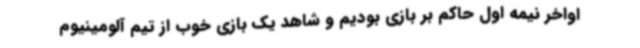
اواخر نیمه اول حاکم بر بازی بودیم و شاهد یک بازی خوب از تیم آلومینیوم